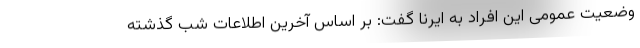
وضعیت عمومی این افراد به ایرنا گفت: بر اساس آخرین اطلاعات شب گذشته